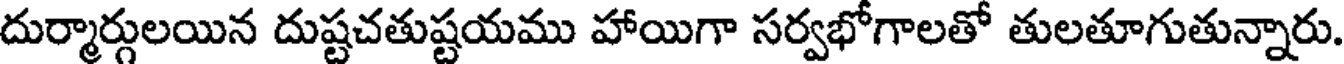
దుర్మార్గులయిన దుష్టచతుష్టయము హాయిగా సర్వభోగాలతో తులతూగుతున్నారు.